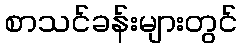
စာသင်ခန်းများတွင်